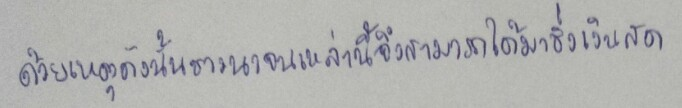
ด้วยเหตุดังนั้นชาวนาจนเหล่านี้จึงสามารถได้มาซึ่งเงินสด